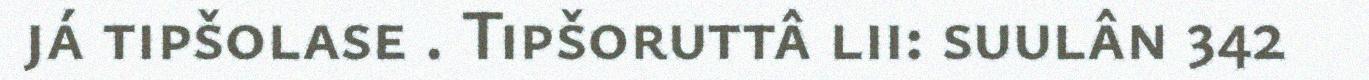
já tipšolase . Tipšoruttâ lii: suulân 342